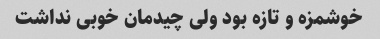
خوشمزه و تازه بود ولی چیدمان خوبی نداشت